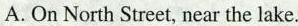
A. On North Street, near the lake.